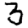
Digit: 3